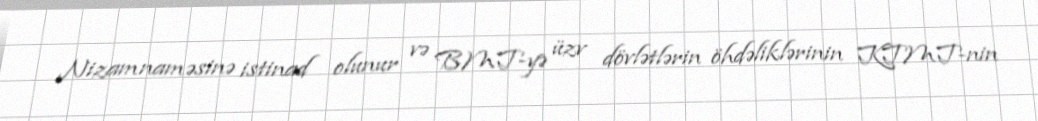
Nizamnaməsinə istinad olunur və BMT-yə üzv dövlətlərin öhdəliklərinin KTMT-nin